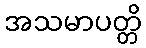
အသမာပတ္တိ